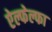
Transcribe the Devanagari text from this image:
ऐल्फेल्फा